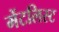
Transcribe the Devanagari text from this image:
मेंटलिस्ट